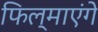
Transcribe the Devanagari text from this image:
फिल्माएंगे